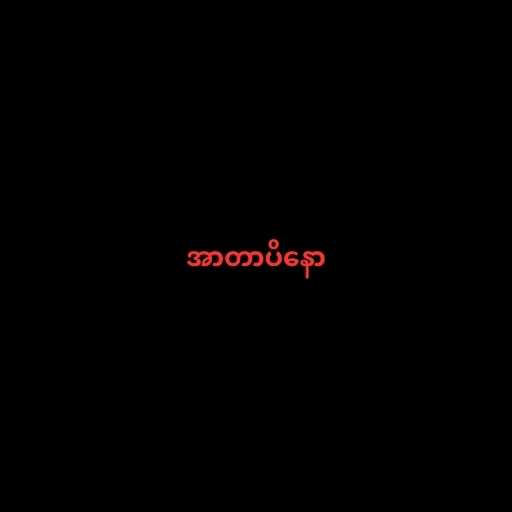
အာတာပိနော